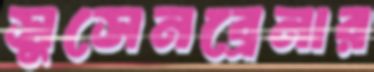
সুসেনব্রেনার